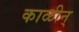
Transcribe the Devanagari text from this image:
काळीन्